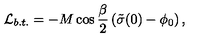
{ \cal L } _ { b . t . } = - M \cos \frac { \beta } { 2 } \left( \tilde { \sigma } ( 0 ) - \phi _ { 0 } \right) ,